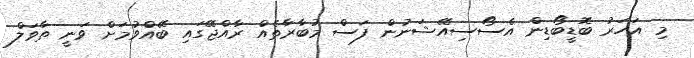
މި އަހަރު ބޮޑީބޯޑިން އެސޯސިއޭޝަނުން ފަސް މުބާރާތެއް ރާއްޖޭގައި ބޭއްވުމަށް ވަނީ ތާވަލް